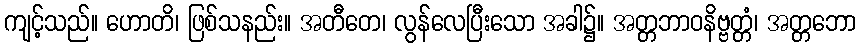
ကျင့်သည်။ ဟောတိ၊ ဖြစ်သနည်း။ အတီတေ၊ လွန်လေပြီးသော အခါ၌။ အတ္တဘာဝနိဗ္ဗတ္တံ၊ အတ္တဘော